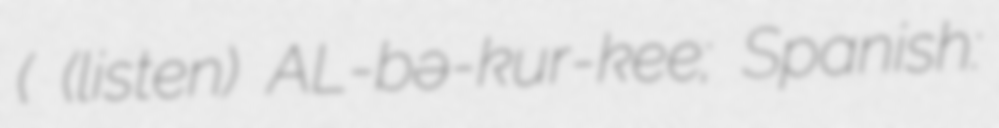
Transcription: ( (listen) AL-bə-kur-kee; Spanish: